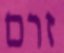
זרם